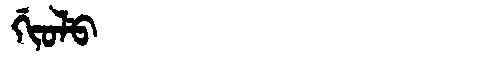
Manchu: ᡤᡳᠣᠯᡠ
Romanization: GIOLU